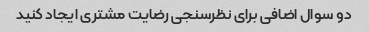
دو سوال اضافی برای نظرسنجی رضایت مشتری ایجاد کنید